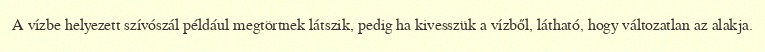
A vízbe helyezett szívószál például megtörtnek látszik, pedig ha kivesszük a vízből, látható, hogy változatlan az alakja.